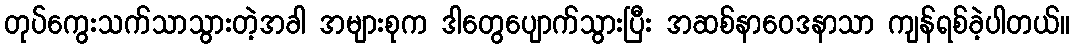
တုပ်ကွေးသက်သာသွားတဲ့အခါ အများစုက ဒါတွေပျောက်သွားပြီး အဆစ်နာဝေဒနာသာ ကျန်ရစ်ခဲ့ပါတယ်။